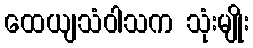
ထေယျသံဝါသက သုံးမျိုး